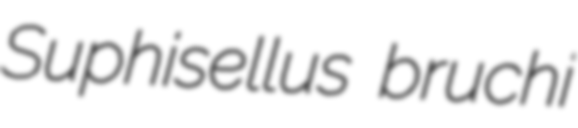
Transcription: Suphisellus bruchi